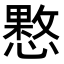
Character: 𢡑